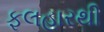
ફૂલહારથી